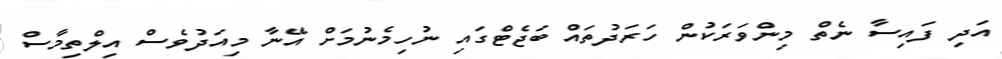
އަދި ފައިސާ ނެތް މިންވަރަކުން ހަރަދުތައް ބަޖެޓްގައި ނުހިމެނުމަށް އޭނާ މިއަދުވެސް އިލްތިމާސް